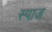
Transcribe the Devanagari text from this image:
स्पाज